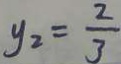
y _ { 2 } = \frac { 2 } { 3 }